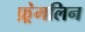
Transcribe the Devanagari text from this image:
फ़्रेमलिन